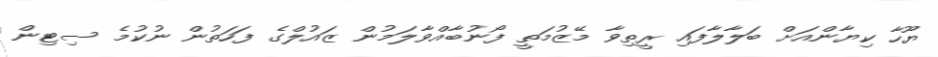
ޔޫހާ ކިޔާންއަށް ބަލާލާފައި ރީތިވާ މޭޒުމަތީ ފޯނުބާއްވާލަމުން ޒައުލްގެ ފަހަތުން ނުކުމެ ސިޓިން